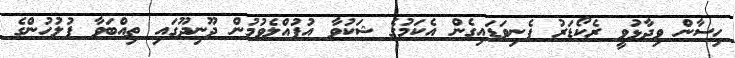
ހިސާން ވިދާޅުވީ ރެކޯޑަރު ފެނިވަޑައިގެން އެކަމުގެ ޝަކުވާ އުފުއްލެވުމުން ދޫނިދޫގައި ތިއްބަވާ ފުލުހުންގެ